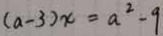
( a - 3 ) x = a ^ { 2 } - 9